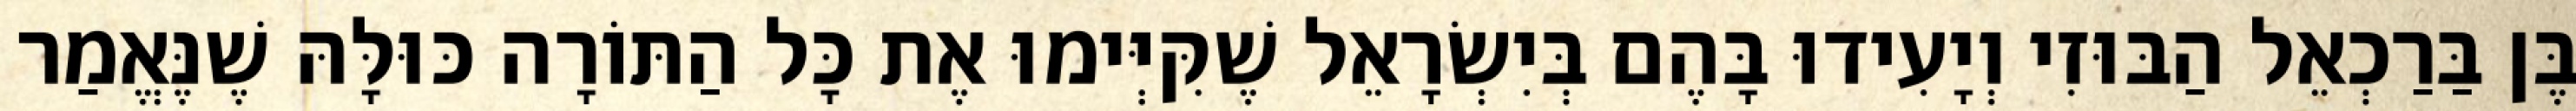
בֶּן בַּרַכְאֵל הַבּוּזִי וְיָעִידוּ בָּהֶם בְּיִשְׂרָאֵל שֶׁקִּיְּימוּ אֶת כָּל הַתּוֹרָה כּוּלָּהּ שֶׁנֶּאֱמַר